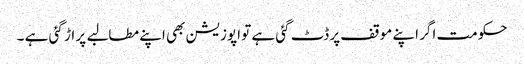
حکومت اگر اپنے موقف پر ڈٹ گئی ہے تو اپوزیشن بھی اپنے مطالبے پر اڑ گئی ہے ۔